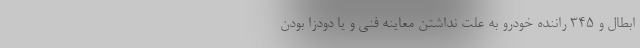
ابطال و 345 راننده خودرو به علت نداشتن معاینه فنی و یا دودزا بودن